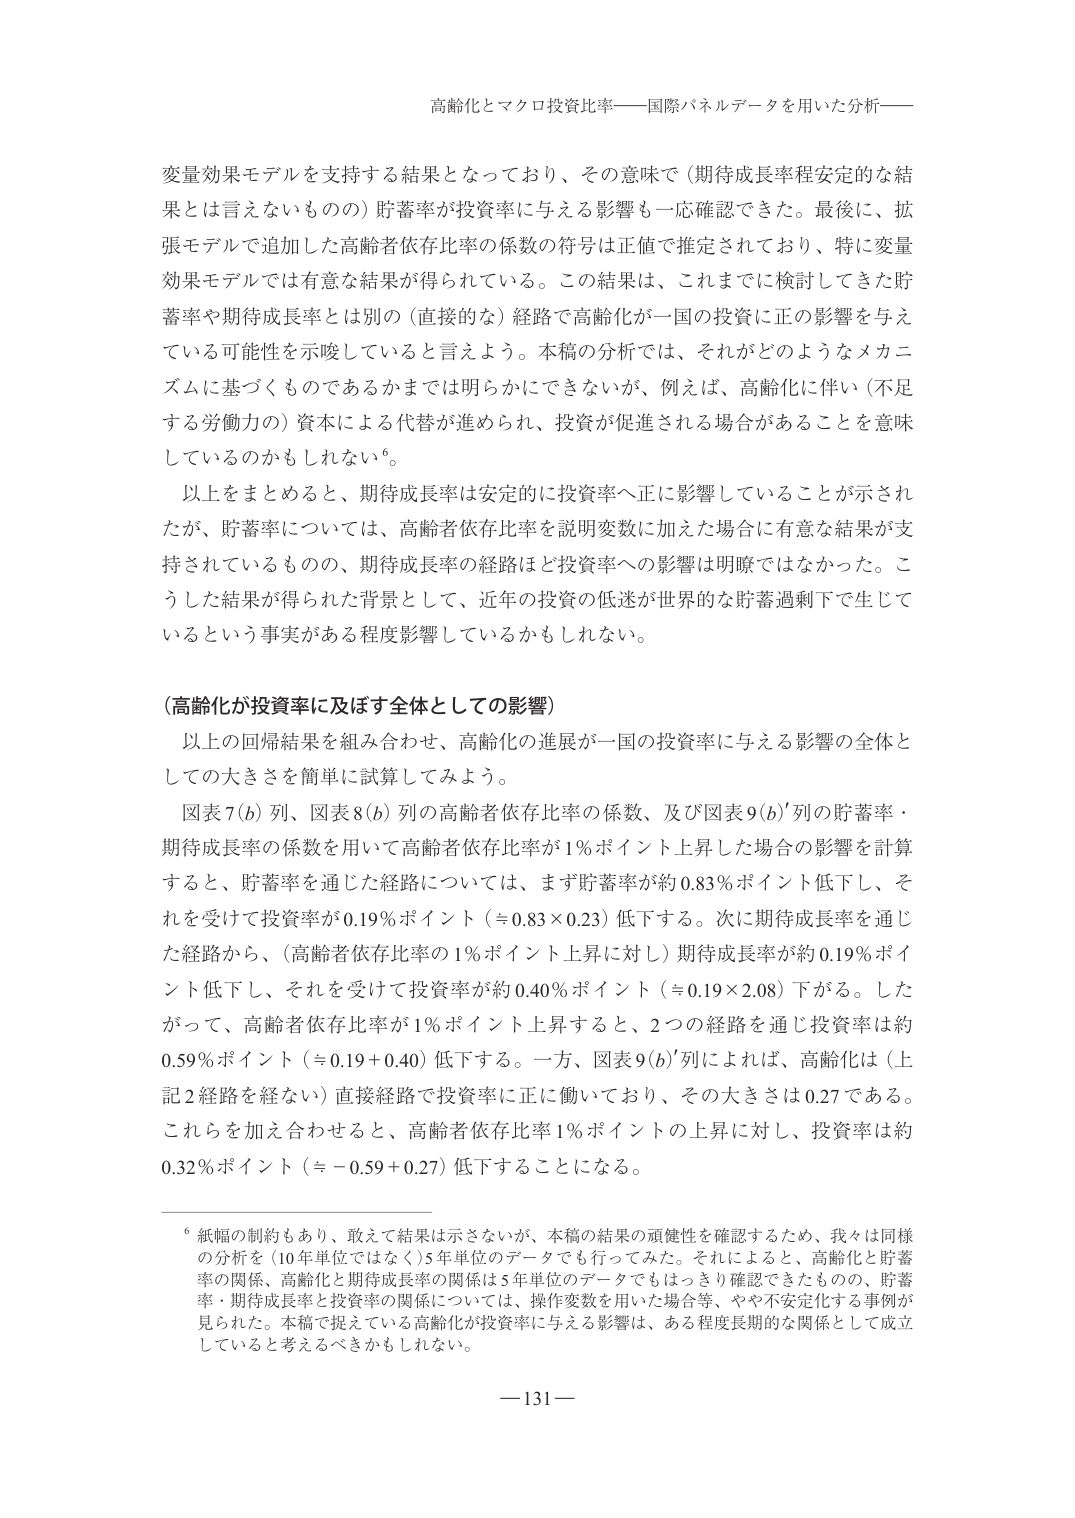
高齢化とマクロ投資比率——国際パネルデータを用いた分析——

変量効果モデルを支持する結果となっており、その意味で（期待成長率程安定的な結果とは言えないものの）貯蓄率が投資率に与える影響も一応確認できた。最後に、拡張モデルで追加した高齢者依存比率の係数の符号は正値で推定されており、特に変量効果モデルでは有意な結果が得られている。この結果は、これまでに検討してきた貯蓄率や期待成長率とは別の（直接的な）経路で高齢化が一国の投資に正の影響を与えている可能性を示唆していると言えよう。本稿の分析では、それがどのようなメカニズムに基づくものであるかまでは明らかにできないが、例えば、高齢化に伴い（不足する労働力の）資本による代替が進められ、投資が促進される場合があることを意味しているのかもしれない⁶。

以上をまとめるとき、期待成長率は安定的に投資率へ正に影響していることが示されたが、貯蓄率については、高齢者依存比率を説明変数に加えた場合に有意な結果が支持されているものの、期待成長率の経路はと投資率への影響は明瞭ではなかった。こうした結果が得られた背景として、近年の投資の低迷が世界的な貯蓄過剰下で生じているという事実がある程度影響しているかもしれない。

（高齢化が投資率に及ぼす全体としての影響）

以上の回帰結果を組み合わせ、高齢化の進展が一国の投資率に与える影響の全体としての大きさを簡単に試算してみよう。

図表7(b)列、図表8(b)列の高齢者依存比率の係数、及び図表9(b)′列の貯蓄率・期待成長率の係数を用いて高齢者依存比率が1％ポイント上昇した場合の影響を計算すると、貯蓄率を通じた経路については、まず貯蓄率が約0.83％ポイント低下し、それを受けて投資率が0.19％ポイント（≒0.83×0.23）低下する。次に期待成長率を通じた経路から、（高齢者依存比率の1％ポイント上昇に対し）期待成長率が約0.19％ポイント低下し、それを受けて投資率が約0.40％ポイント（≒0.19×2.08）下がる。したがって、高齢者依存比率が1％ポイント上昇すると、2つの経路を通じ投資率は約0.59％ポイント（≒0.19＋0.40）低下する。一方、図表9(b)′列によれば、高齢化は（上記2経路を経ない）直接経路で投資率に正に働いており、その大きさは0.27である。これらを加え合わせると、高齢者依存比率1％ポイントの上昇に対し、投資率は約0.32％ポイント（≒－0.59＋0.27）低下することになる。

⁶ 紙幅の制約もあり、敢えて結果は示さないが、本稿の結果の頑健性を確認するため、我々は同様の分析を（10年単位ではなく）5年単位のデータでも行ってみた。それによると、高齢化と貯蓄率の関係、高齢化と期待成長率の関係は5年単位のデータでもはっきり確認できたものの、貯蓄率・期待成長率と投資率の関係については、操作変数を用いた場合等、やや不安定化する事例が見られた。本稿で捉えている高齢化が投資率に与える影響は、ある程度長期的な関係として成立していると考えるべきかもしれない。

—131—